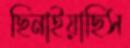
ছিনাইয়াছিস